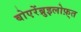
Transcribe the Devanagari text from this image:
बोएरेंब्रुइलोफ़्त